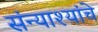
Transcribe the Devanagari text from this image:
संन्याश्यांचे